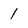
Character: 1